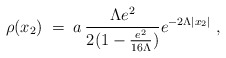
\begin{align*}\rho (x_2)\;=\; a \, \frac{\Lambda e^2}{2(1-\frac{e^2}{16\Lambda})}e^{-2 \Lambda |x_2|}\;,\end{align*}